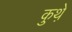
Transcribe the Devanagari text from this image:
कुथ़े